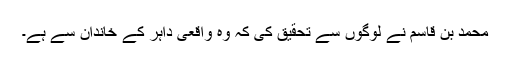
محمد بن قاسم نے لوگوں سے تحقیق کی کہ وہ واقعی داہر کے خاندان سے ہے۔